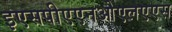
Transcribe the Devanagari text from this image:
इएसपीएएनओएलएएस